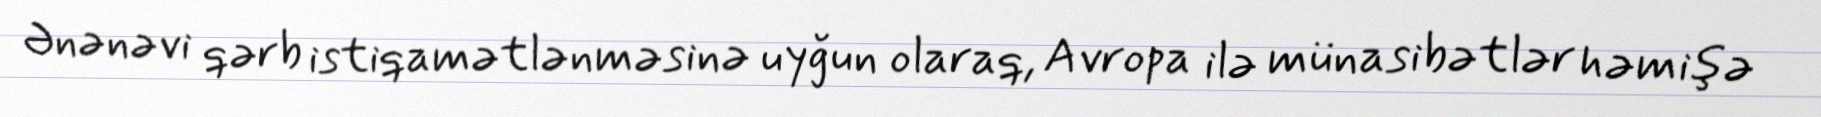
Ənənəvi qərb istiqamətlənməsinə uyğun olaraq, Avropa ilə münasibətlər həmişə